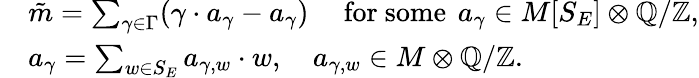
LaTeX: \begin{array}{rl}&{{\tilde{m}}=\sum_{\gamma\in{\Gamma}}(\gamma\cdot a_{\gamma}-a_{\gamma})\quad\ \mathrm{for~some}\ \, a_{\gamma}\in M[S_{E}]\otimes\mathbb{Q}/\mathbb{Z},}\\ &{a_{\gamma}=\sum_{w\in S_{E}}a_{\gamma,w}\cdot w,\quad a_{\gamma,w}\in M\otimes\mathbb{Q}/\mathbb{Z}.}\end{array}